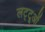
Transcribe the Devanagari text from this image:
लट्टूओं